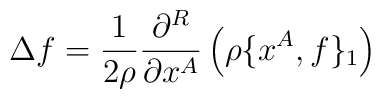
\Delta f=\frac{1}{2\rho}     \frac{\partial^R}{\partial x^A}\left(\rho\{x^A,f\}_1\right)